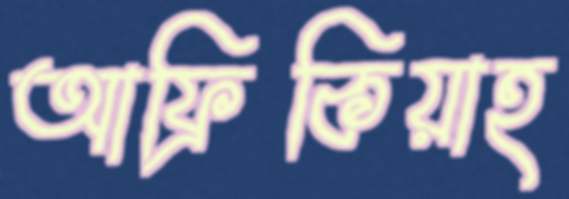
আফ্রিকিয়াহ